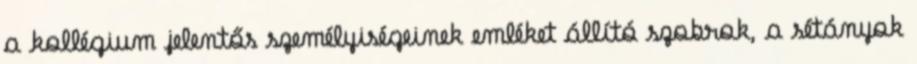
a kollégium jelentős személyiségeinek emléket állító szobrok, a sétányok